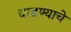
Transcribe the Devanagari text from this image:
धाडण्याचे